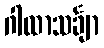
ဂါထာသင်္ချာ